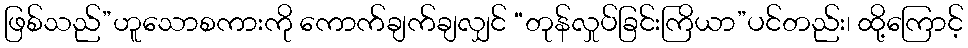
ဖြစ်သည်”ဟူသောစကားကို ကောက်ချက်ချလျှင် “တုန်လှုပ်ခြင်းကြိယာ”ပင်တည်း၊ ထို့ကြောင့်